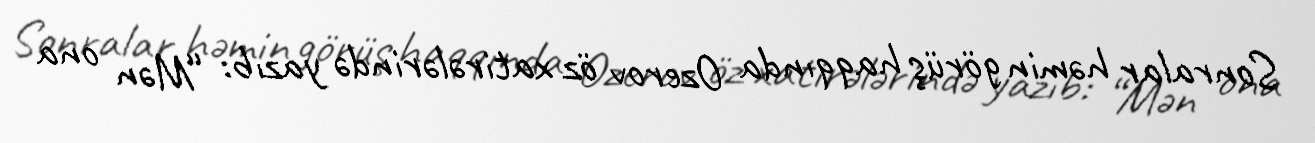
Sonralar həmin görüş haqqında Ozerov öz xatirələrində yazıb: “Mən ona